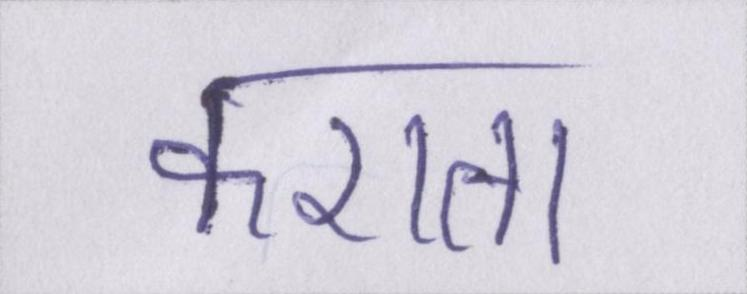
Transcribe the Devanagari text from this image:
कराता